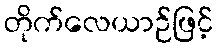
တိုက်လေယာဉ်ဖြင့်